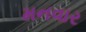
મનવાર